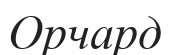
Орчард